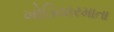
ખોડિયારમાતા